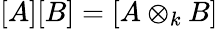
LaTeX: [A][B]=\left[A\otimes_{k}B\right]